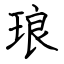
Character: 琅